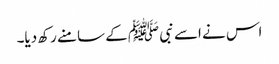
اس نے اسے نبی ﷺ کے سامنے رکھ دیا۔